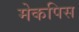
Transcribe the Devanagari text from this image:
मेकपिस